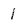
Character: 1